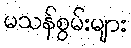
မသန်စွမ်းများ